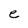
Character: e